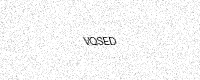
Text: VQSED